Report on lock hospitals in British Burma
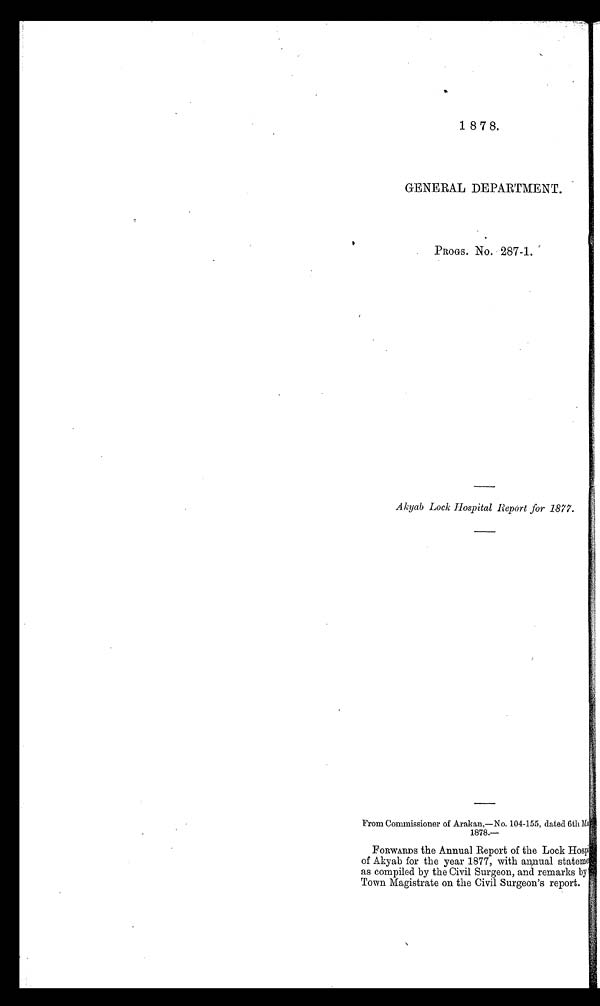
1 8 7 8.
GENERAL DEPARTMENT.
PROGS. No. 287-1.
Akyab Lock Hospital Report for 1877.
From Commissioner of Arakan,—No. 104-155, dated 6th Mal
1878.—
FORWARDS the Annual Report of the Lock Hospi
t a l o f A k y a b f o r t h e y e a r 1 8 7 7 , w i t h a n n u a l s t a t e m e n t
as compiled by the Civil Surgeon, and remarks by
Town Magistrate on the Civil Surgeon's report.